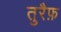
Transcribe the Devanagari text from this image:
तुरैफ़